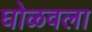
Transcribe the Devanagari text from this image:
घोळवला